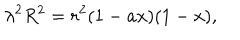
{ \lambda } ^ { 2 } R ^ { 2 } = r ^ { 2 } ( 1 - a x ) ( 1 - x ) ,